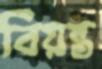
বিয়ন্ত